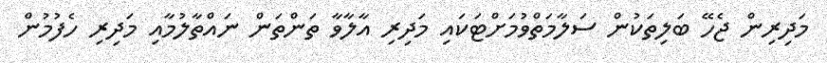
މަދިރިން ޖެހޭ ބަލިތަކުން ސަލާމަތްވުމަށްޓަކައި މަދިރި އާލާވާ ތަންތަން ނައްތާލުމާއި މަދިރި ހެފުމުން